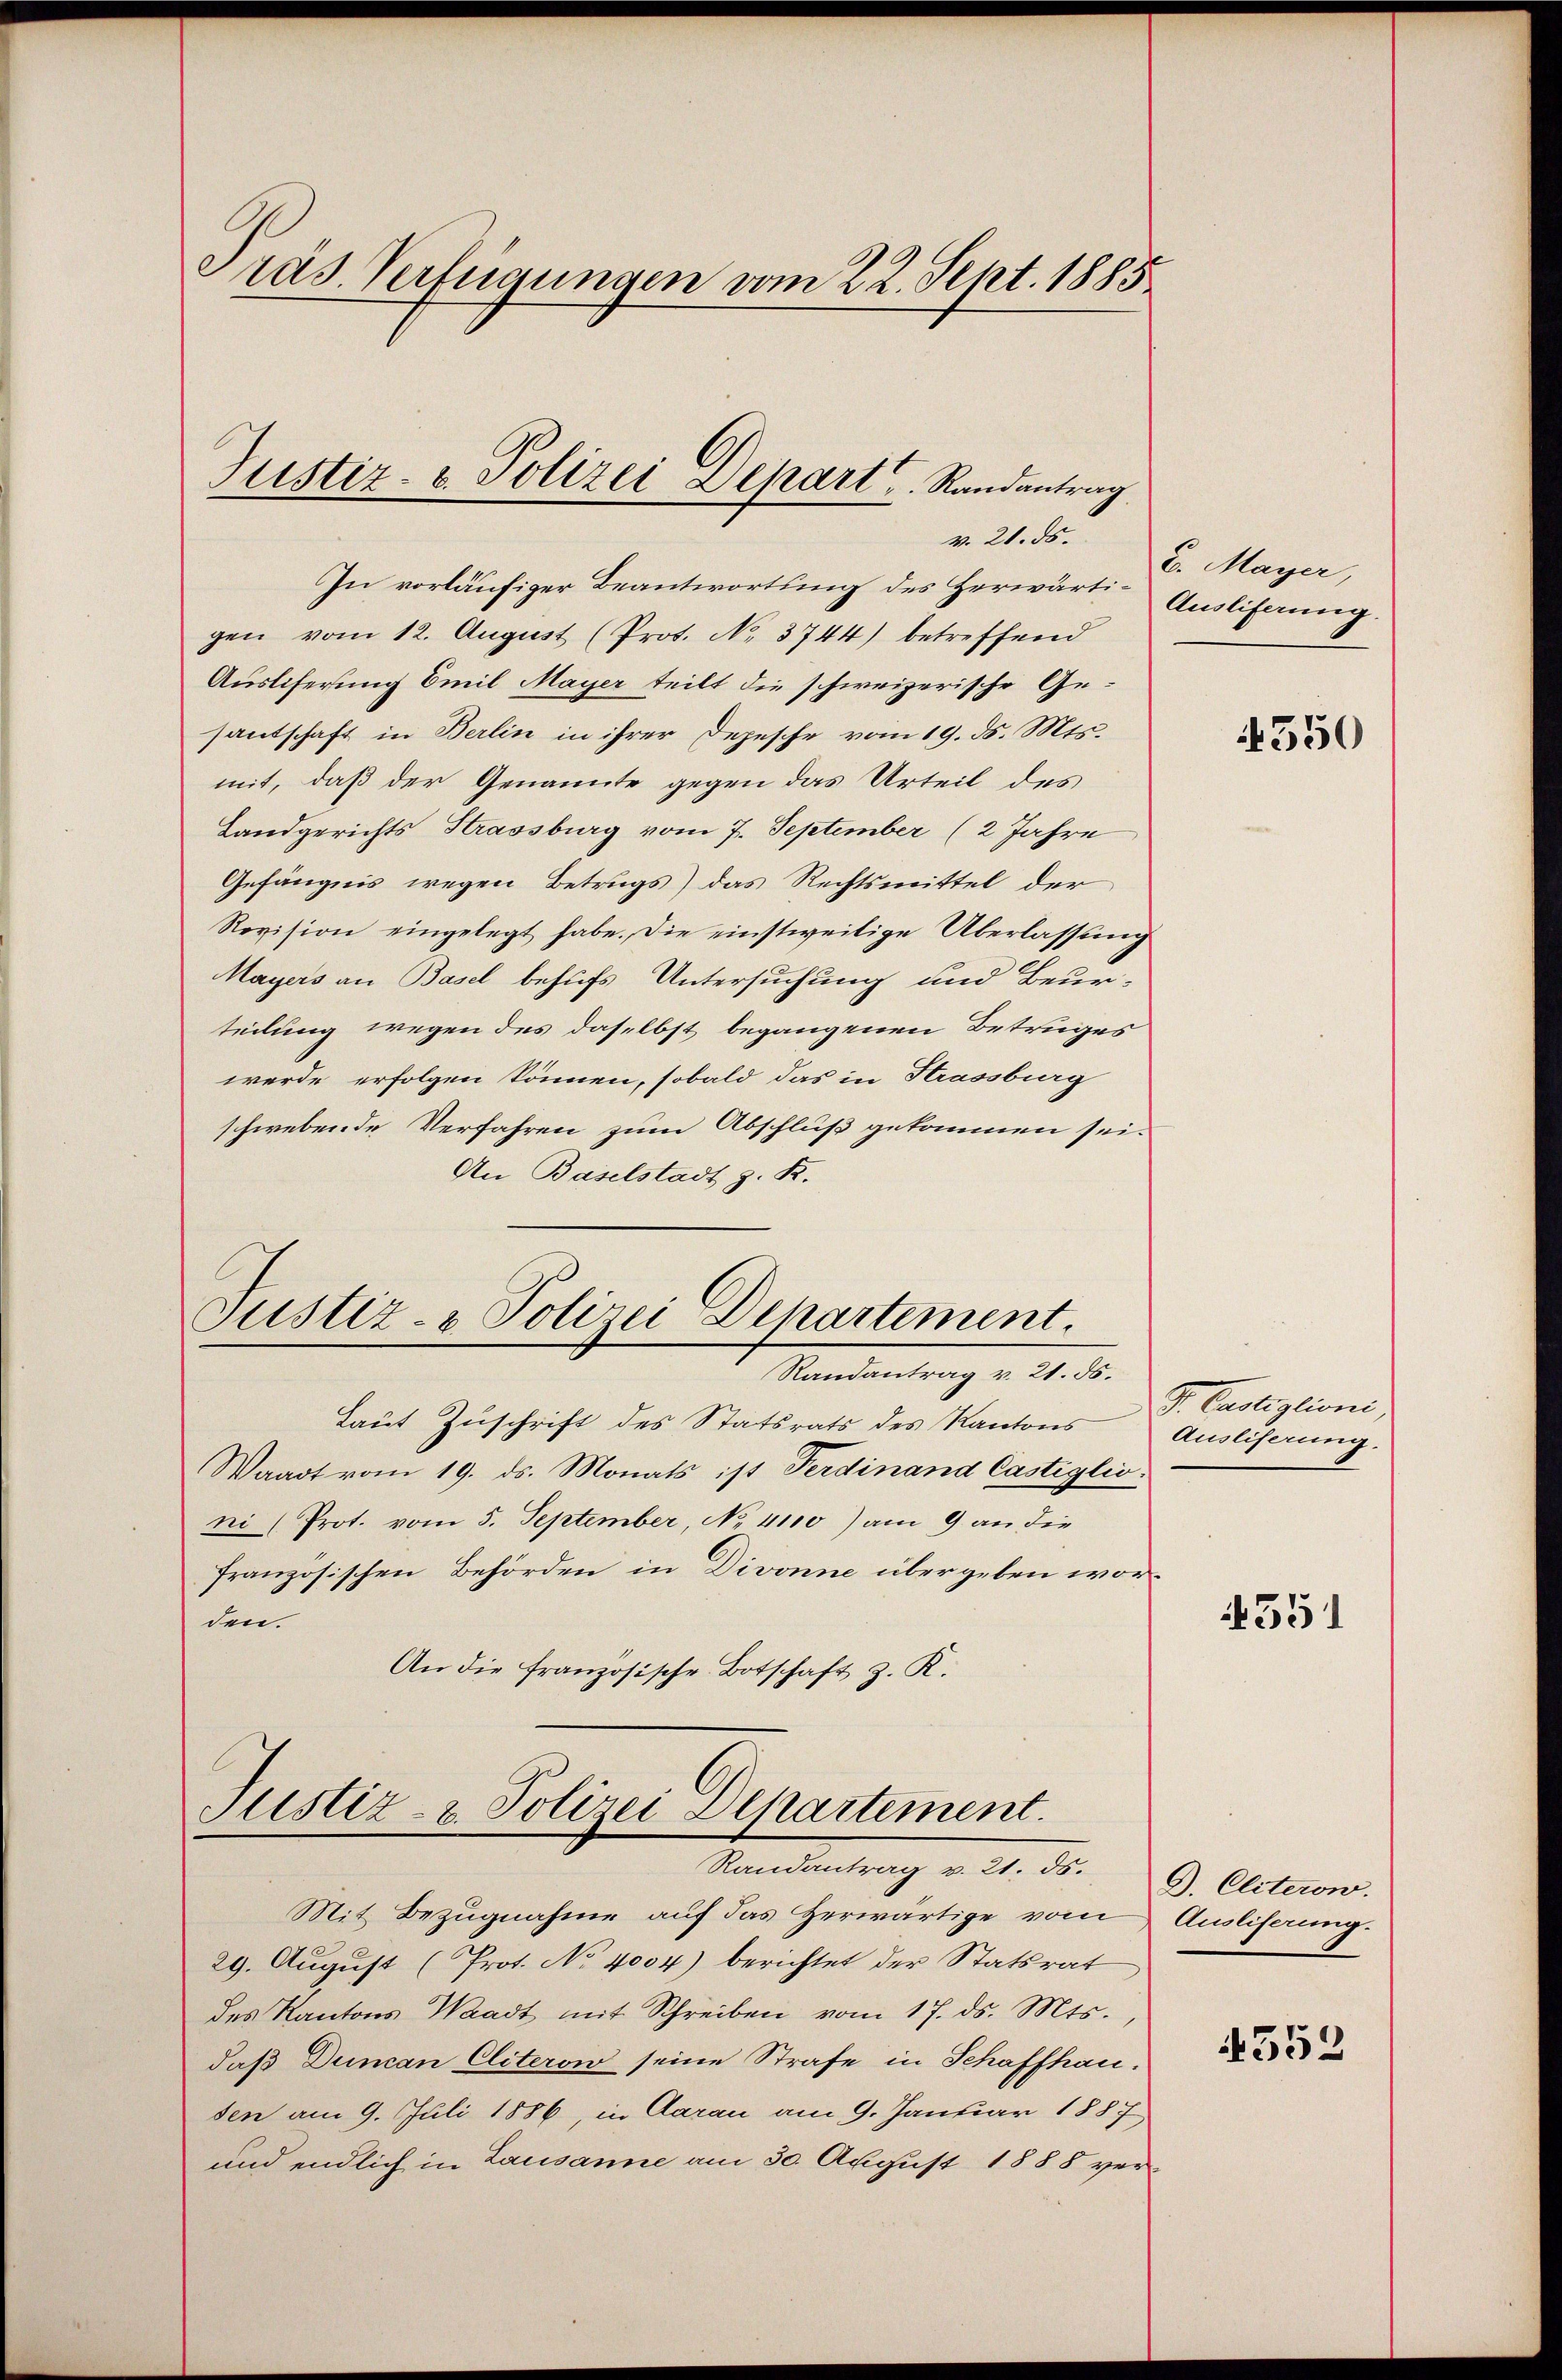
Präs. Verfügungen vom 22. Sept. 1885

Justiz- & Polizei Depart u. Randantrag
v. 21. ds.

In vorläufiger Beantwortung des Herwärti- Ausliferung.
gen vom 12. August (Prot. No 3744) betreffend
Ausliferung Emil Mayer teilt die schweizerische Gesantschaft in Berlin in ihrer Depesche vom 19. d. Mts.
mit, daß der Genannte gegen das Urteil des
Landgerichts Strassburg vom 7. September (2 Jahre
Gefängnis wegen Betrugs) das Rechtsmittel der
Revision eingelegt habe. Die einstweilige Überlassung
Mayers an Basel behufs Untersuchung und Beur-
teilung wegen des daselbst begangenen Betruges
werde erfolgen können, sobald das in Strassburg
schwebende Verfahren zum Abschluß gekommen sei.
An Baselstadt z. R.

Justiz- & Polizei Departement.

Justiz- & Polizei Departement.
Randantrag v. 21. ds.

Randantrag v. 21. ds.
Laut Zuschrift des Statsrats des Kantons
Waadt vom 19. ds. Monats ist Ferdinand Castiglio
ni (Prot. vom 5. September, No 4110) am 9 an die
französischen Behörden in Divonne übergeben worden.
An die französische Botschaft z. K.

Mit Bezugnahme auf das Herwärtige vom
29. August (Prot. No 4004) berichtet der Statsrat
des Kantons Waadt mit Schreiben vom 17. ds. Mts.,
daß Duncan Cliterow seine Strafe in Schaffhauden am 9. Juli 1886, in Aarau am 9. Januar 1887
und endlich in Lausanne am 30. August 1888 ver¬

2. Mayer,

4350

S. Casliglioni
Ausliserung.

551

G. Eliteron.
Ausliferung.

4352